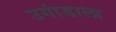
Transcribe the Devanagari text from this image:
उगांडाला